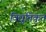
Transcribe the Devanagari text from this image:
विद्युतिकृत